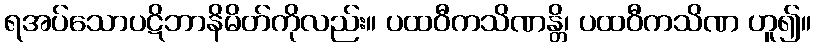
ရအပ်သောပဋိဘာနိမိတ်ကိုလည်း။ ပထဝီကသိဏန္တိ၊ ပထဝီကသိဏ ဟူ၍။